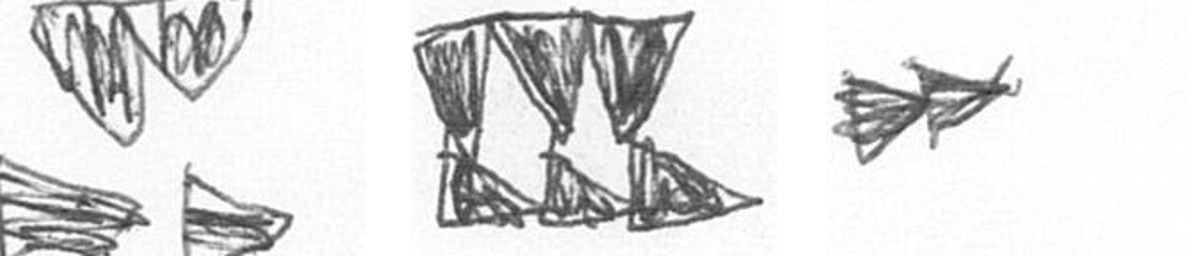
B D A